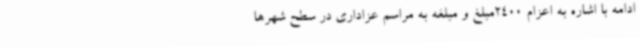
ادامه با اشاره به اعزام 2400مبلغ و مبلغه به مراسم عزاداری در سطح شهرها